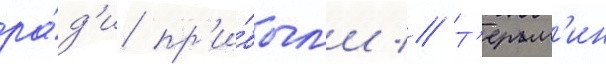
ра́д'и пр'и́был'и // Т'ерм'ин